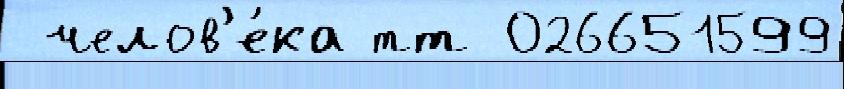
 челов'е́ка тт 026651599